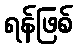
ရန်ဖြစ်